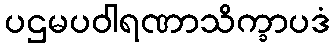
ပဌမပဝါရဏာသိက္ခာပဒံ